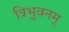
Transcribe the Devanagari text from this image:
त्रिभुवनम्